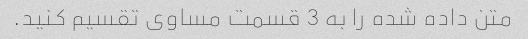
متن داده شده را به 3 قسمت مساوی تقسیم کنید.